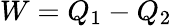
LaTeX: W=Q_{1}-Q_{2}